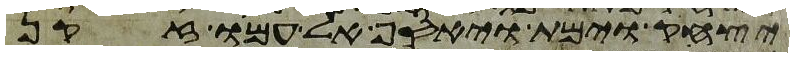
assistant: יצחק וימת ויאסף אל עמו זקן